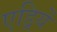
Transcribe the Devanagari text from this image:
एड्रियें